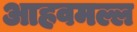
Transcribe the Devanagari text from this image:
आहवमल्ल